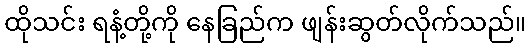
ထိုသင်း ရနံ့တို့ကို နေခြည်က ဖျန်းဆွတ်လိုက်သည်။